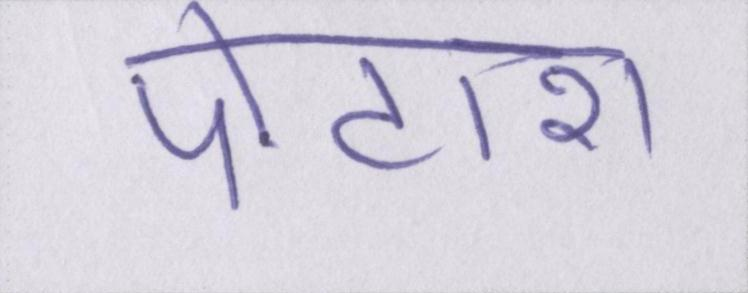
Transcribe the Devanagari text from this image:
पोटाश